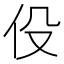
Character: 伇